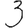
Digit: 3